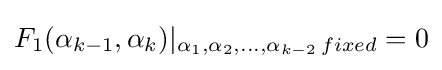
F_{1}(\alpha _{k-1},\alpha _{k})|_{\alpha _{1},\alpha _{2},...,\alpha _{k-2}\,fixed}=0